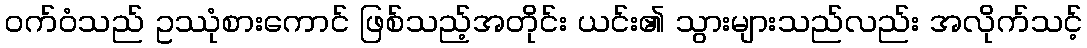
ဝက်ဝံသည် ဥဿုံစားကောင် ဖြစ်သည့်အတိုင်း ယင်း၏ သွားများသည်လည်း အလိုက်သင့်